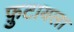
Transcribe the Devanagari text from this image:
फ़ुटायला